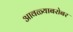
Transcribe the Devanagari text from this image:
आवळ्याबरोबर